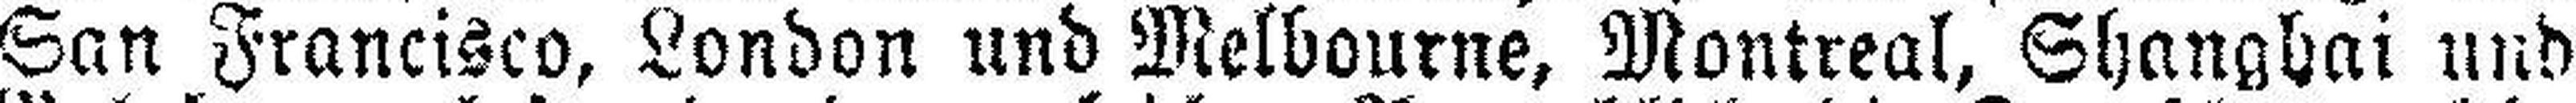
San Francisco, London und Melbourne, Montreal, Shanghai und